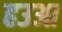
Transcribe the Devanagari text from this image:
हउआ